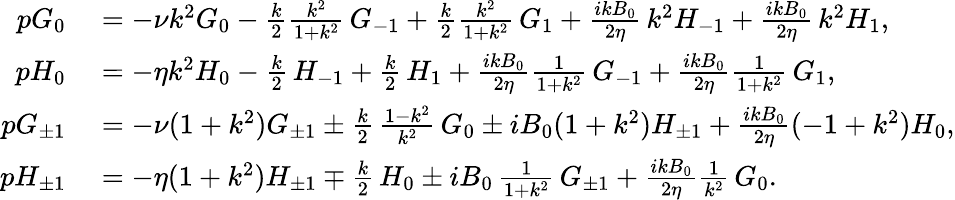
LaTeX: \begin{array}{rl}{pG_{0}}&{{}=-\nu k^{2}G_{0}-\frac{k}{2}\frac{k^{2}}{1+k^{2}}\, G_{-1}+\frac{k}{2}\frac{k^{2}}{1+k^{2}}\, G_{1}+\frac{ikB_{0}}{2\eta}\, k^{2}H_{-1}+\frac{ikB_{0}}{2\eta}\, k^{2}H_{1},}\\ {pH_{0}}&{{}=-\eta k^{2}H_{0}-\frac{k}{2}\, H_{-1}+\frac{k}{2}\, H_{1}+\frac{ikB_{0}}{2\eta}\frac{1}{1+k^{2}}\, G_{-1}+\frac{ikB_{0}}{2\eta}\frac{1}{1+k^{2}}\, G_{1},}\\ {pG_{\pm 1}}&{{}=-\nu(1+k^{2})G_{\pm 1}\pm\frac{k}{2}\, \frac{1-k^{2}}{k^{2}}\, G_{0}\pm iB_{0}(1+k^{2})H_{\pm 1}+\frac{ikB_{0}}{2\eta}(-1+k^{2})H_{0},}\\ {pH_{\pm 1}}&{{}=-\eta(1+k^{2})H_{\pm 1}\mp\frac{k}{2}\, H_{0}\pm iB_{0}\, \frac{1}{1+k^{2}}\, G_{\pm 1}+\frac{ikB_{0}}{2\eta}\frac{1}{k^{2}}\, G_{0}.}\end{array}